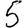
Digit: 5